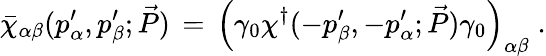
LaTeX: \bar{\chi}_{\alpha\beta}(p_{\alpha}^{\prime},p_{\beta}^{\prime};\vec{P})\, =\, \left(\gamma_{0}\chi^{\dagger}(-p_{\beta}^{\prime},-p_{\alpha}^{\prime};\vec{P})\gamma_{0}\right)_{\alpha\beta}\; .